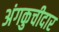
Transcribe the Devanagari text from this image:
अंगकुचीदार